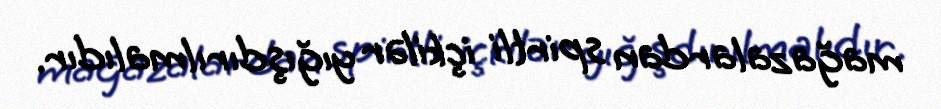
mağazalardan spirtli içkilər yığışdırılmalıdır.